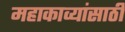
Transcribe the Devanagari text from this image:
महाकाव्यांसाठी